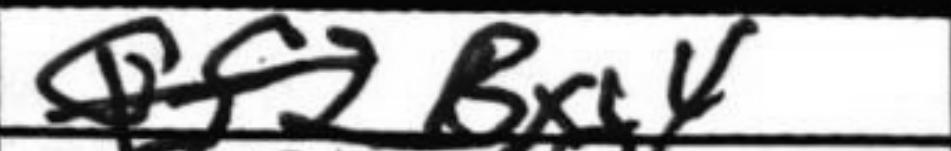
Transcription: Bxg4